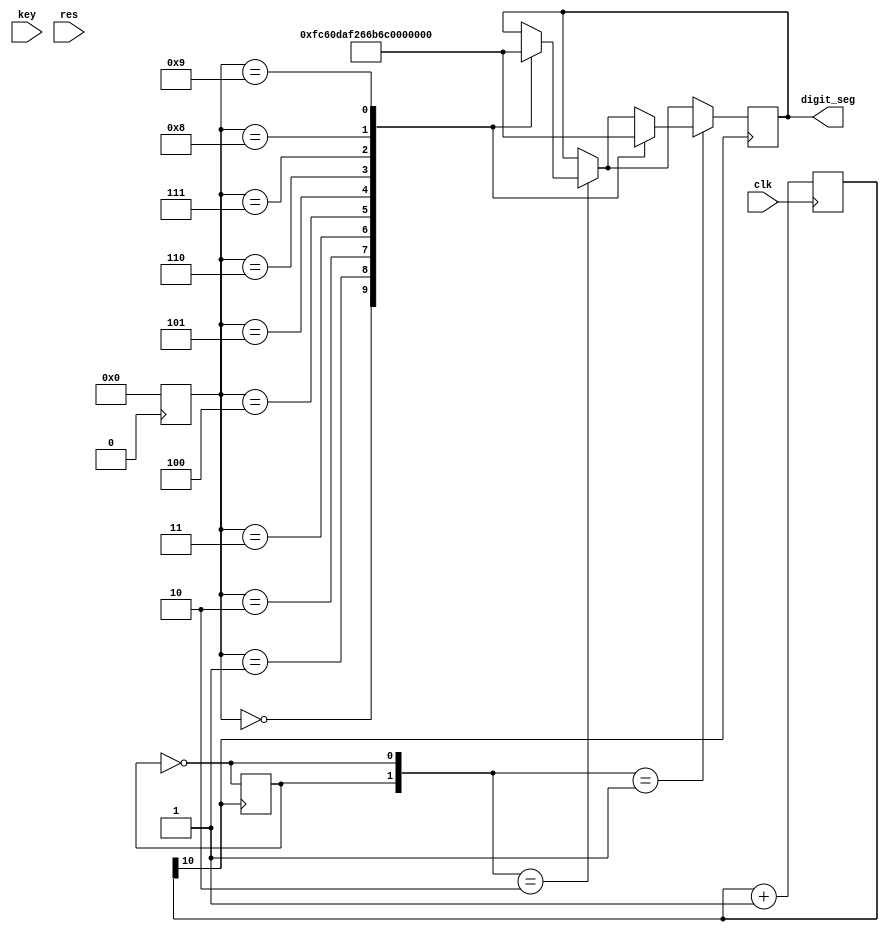
module count_num_6(clk,key,res,digit_seg);
	input clk;
	input key;
	input res;
	output reg[7:0] digit_seg;
	
	reg[6:0] count_num=7'b0000000;
	
	reg[31:0] div_count;
	reg digit;
	wire[1:0] digit_con;
	
	reg[3:0] tens=4'b0000;
	reg[3:0] ones=4'b0000;
	always @(posedge clk)
		div_count=div_count+1;
	
	always @(posedge div_count[10])
		digit<=~digit;
		
	assign digit_con={digit,~digit};
	
	always @(posedge key)
		begin
		count_num=count_num+1;
		end
		
	always @(posedge res)
		begin
		count_num=0;
		end
	
	integer i;
	always @(posedge count_num[0])
		begin
		tens=4'b0000;
		ones=4'b0000;
		
		for(i=6;i>=0;i=i-1)
		begin
			if(tens>=5)
			tens=tens+3;
			if(ones>=5)
			ones=ones+3;
			
			tens=tens<<1;
			tens[0]=ones[3];
			ones=ones<<1;
			ones[0]=count_num[i];
		end
	end
	
	always @(posedge div_count[10])
		begin
		if(digit_con==2'b10)
		begin
			case(tens)
			4'd0:digit_seg<=8'b11111100;
			4'd1:digit_seg<=8'b01100000;
			4'd2:digit_seg<=8'b11011010;	
			4'd3:digit_seg<=8'b11110010;
			4'd4:digit_seg<=8'b01100110;
			4'd5:digit_seg<=8'b10110110;
			4'd6:digit_seg<=8'b10111110;
			4'd7:digit_seg<=8'b11100000;
			4'd8:digit_seg<=8'b11111110;
			4'd9:digit_seg<=8'b11110110;
			endcase
		end
		if(digit_con==2'b01)
		begin
			case(ones)
			4'd0:digit_seg<=8'b11111100;
			4'd1:digit_seg<=8'b01100000;
			4'd2:digit_seg<=8'b11011010;	
			4'd3:digit_seg<=8'b11110010;
			4'd4:digit_seg<=8'b01100110;
			4'd5:digit_seg<=8'b10110110;
			4'd6:digit_seg<=8'b10111110;
			4'd7:digit_seg<=8'b11100000;
			4'd8:digit_seg<=8'b11111110;
			4'd9:digit_seg<=8'b11110110;
			endcase
		end
		
		end
	endmodule